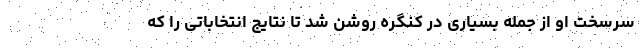
سرسخت او از جمله بسیاری در کنگره روشن شد تا نتایج انتخاباتی را که